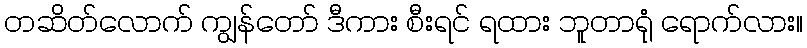
တဆိတ်လောက် ကျွန်တော် ဒီကား စီးရင် ရထား ဘူတာရုံ ရောက်လား။